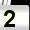
Digit: 2